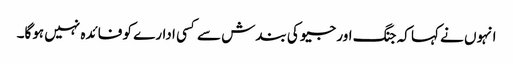
انہوں نے کہا کہ جنگ اور جیو کی بندش سے کسی ادارے کو فائدہ نہیں ہوگا۔